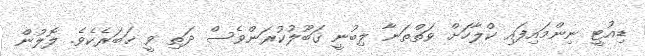
ޑިއުޓީ ނިންމައިފައި ކްލާހަށް ވަތްތަނާ ލިބުނީ ޤަބޫލުކުރަންވެސް ދަތި ވީ ޚަބަރެކެވެ. ލޮލުން